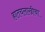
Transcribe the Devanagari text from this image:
हातचलाखीचा